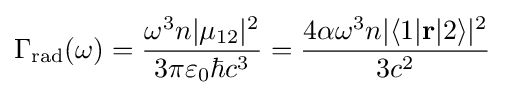
\Gamma _{\text{rad}}(\omega )={\frac {\omega ^{3}n|\mu _{12}|^{2}}{3\pi \varepsilon _{0}\hbar c^{3}}}={\frac {4\alpha \omega ^{3}n|\langle 1|\mathbf {r} |2\rangle |^{2}}{3c^{2}}}